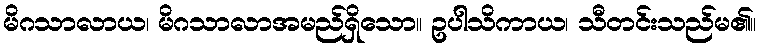
မိဂသာလာယ၊ မိဂသာလာအမည်ရှိသော။ ဥပါသိကာယ၊ သီတင်းသည်မ၏။